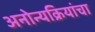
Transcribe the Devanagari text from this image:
अनोन्यक्रियांचा